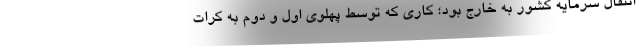
انتقال سرمایه کشور به خارج بود؛ کاری که توسط پهلوی اول و دوم به کرّات